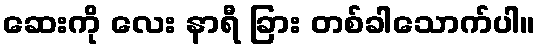
ဆေးကို လေး နာရီ ခြား တစ်ခါသောက်ပါ။